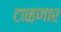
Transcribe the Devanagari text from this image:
टाळणार